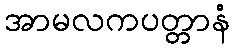
အာမလကပတ္တာနံ